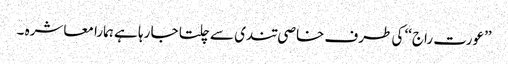
’’عورت راج‘‘ کی طرف خاصی تندی سے چلتا جا رہا ہے ہمارا معاشرہ ۔